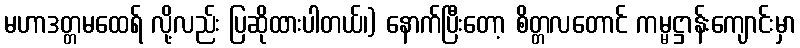
မဟာဒတ္တမထေရ် လို့လည်း ပြဆိုထားပါတယ်၊) နောက်ပြီးတော့ စိတ္တလတောင် ကမ္မဋ္ဌာန်းကျောင်းမှာ